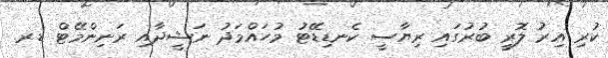
ކުރި އިރު ލޮރީ ބުރުގައި ރިޔާސީ ކެނޑިޑޭޓު މުހައްމަދު ނަޝީދާއި ރަނިންމޭޓް ޑރ.